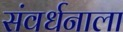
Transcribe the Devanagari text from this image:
संवर्धनाला